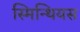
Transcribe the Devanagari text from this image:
स्मिन्थियस